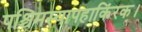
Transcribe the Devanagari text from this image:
पश्चिमस्यापहाकिंरक।